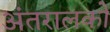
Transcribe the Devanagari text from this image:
अंतरालको